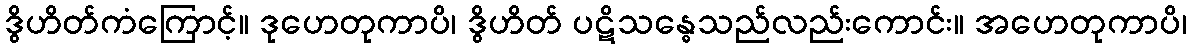
ဒွိဟိတ်ကံကြောင့်။ ဒုဟေတုကာပိ၊ ဒွိဟိတ် ပဋိသန္ဓေသည်လည်းကောင်း။ အဟေတုကာပိ၊